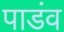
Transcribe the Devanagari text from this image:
पाडंव